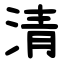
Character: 清